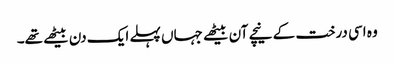
وہ اسی درخت کے نیچے آن بیٹھے جہاں پہلے ایک دن بیٹھے تھے۔